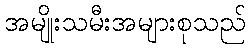
အမျိုးသမီးအများစုသည်